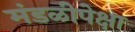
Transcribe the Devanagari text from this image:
मंडळीपेक्षा